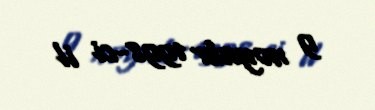
9 noyabr 1998-ci il